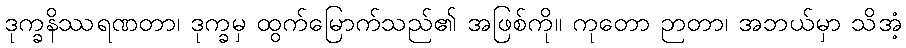
ဒုက္ခနိဿရဏတာ၊ ဒုက္ခမှ ထွက်မြောက်သည်၏ အဖြစ်ကို။ ကုတော ဉာတာ၊ အဘယ်မှာ သိအံ့